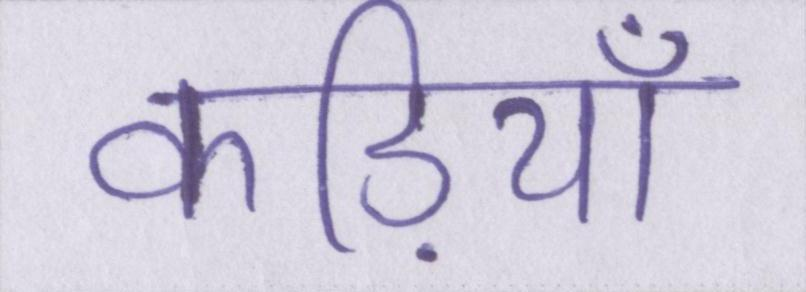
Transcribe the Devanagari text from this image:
कड़ियाँ